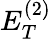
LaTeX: E_{T}^{(2)}